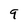
Character: 9